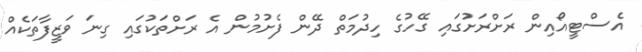
އެސްޓީއޯއިން ރަށްރަށުގައި ގޭހުގެ ހިދުމަތް ދޭން ފެށުމުން އެ ރަށްތަކުގައި ގިނަ ވަޒީފާތަކެއް